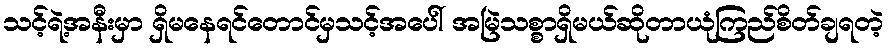
သင့်ရဲ့အနီးမှာ ရှိမနေရင်တောင်မှသင့်အပေါ် အမြဲသစ္စာရှိမယ်ဆိုတာယုံကြည်စိတ်ချရတဲ့